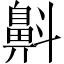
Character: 𪖘